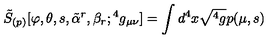
{ \tilde { S } } _ { ( p ) } [ \varphi , \theta , s , { \tilde { \alpha } } ^ { r } , \beta _ { r } ; { } ^ { 4 } g _ { \mu \nu } ] = \int d ^ { 4 } x \sqrt { { } ^ { 4 } g } p ( \mu , s )